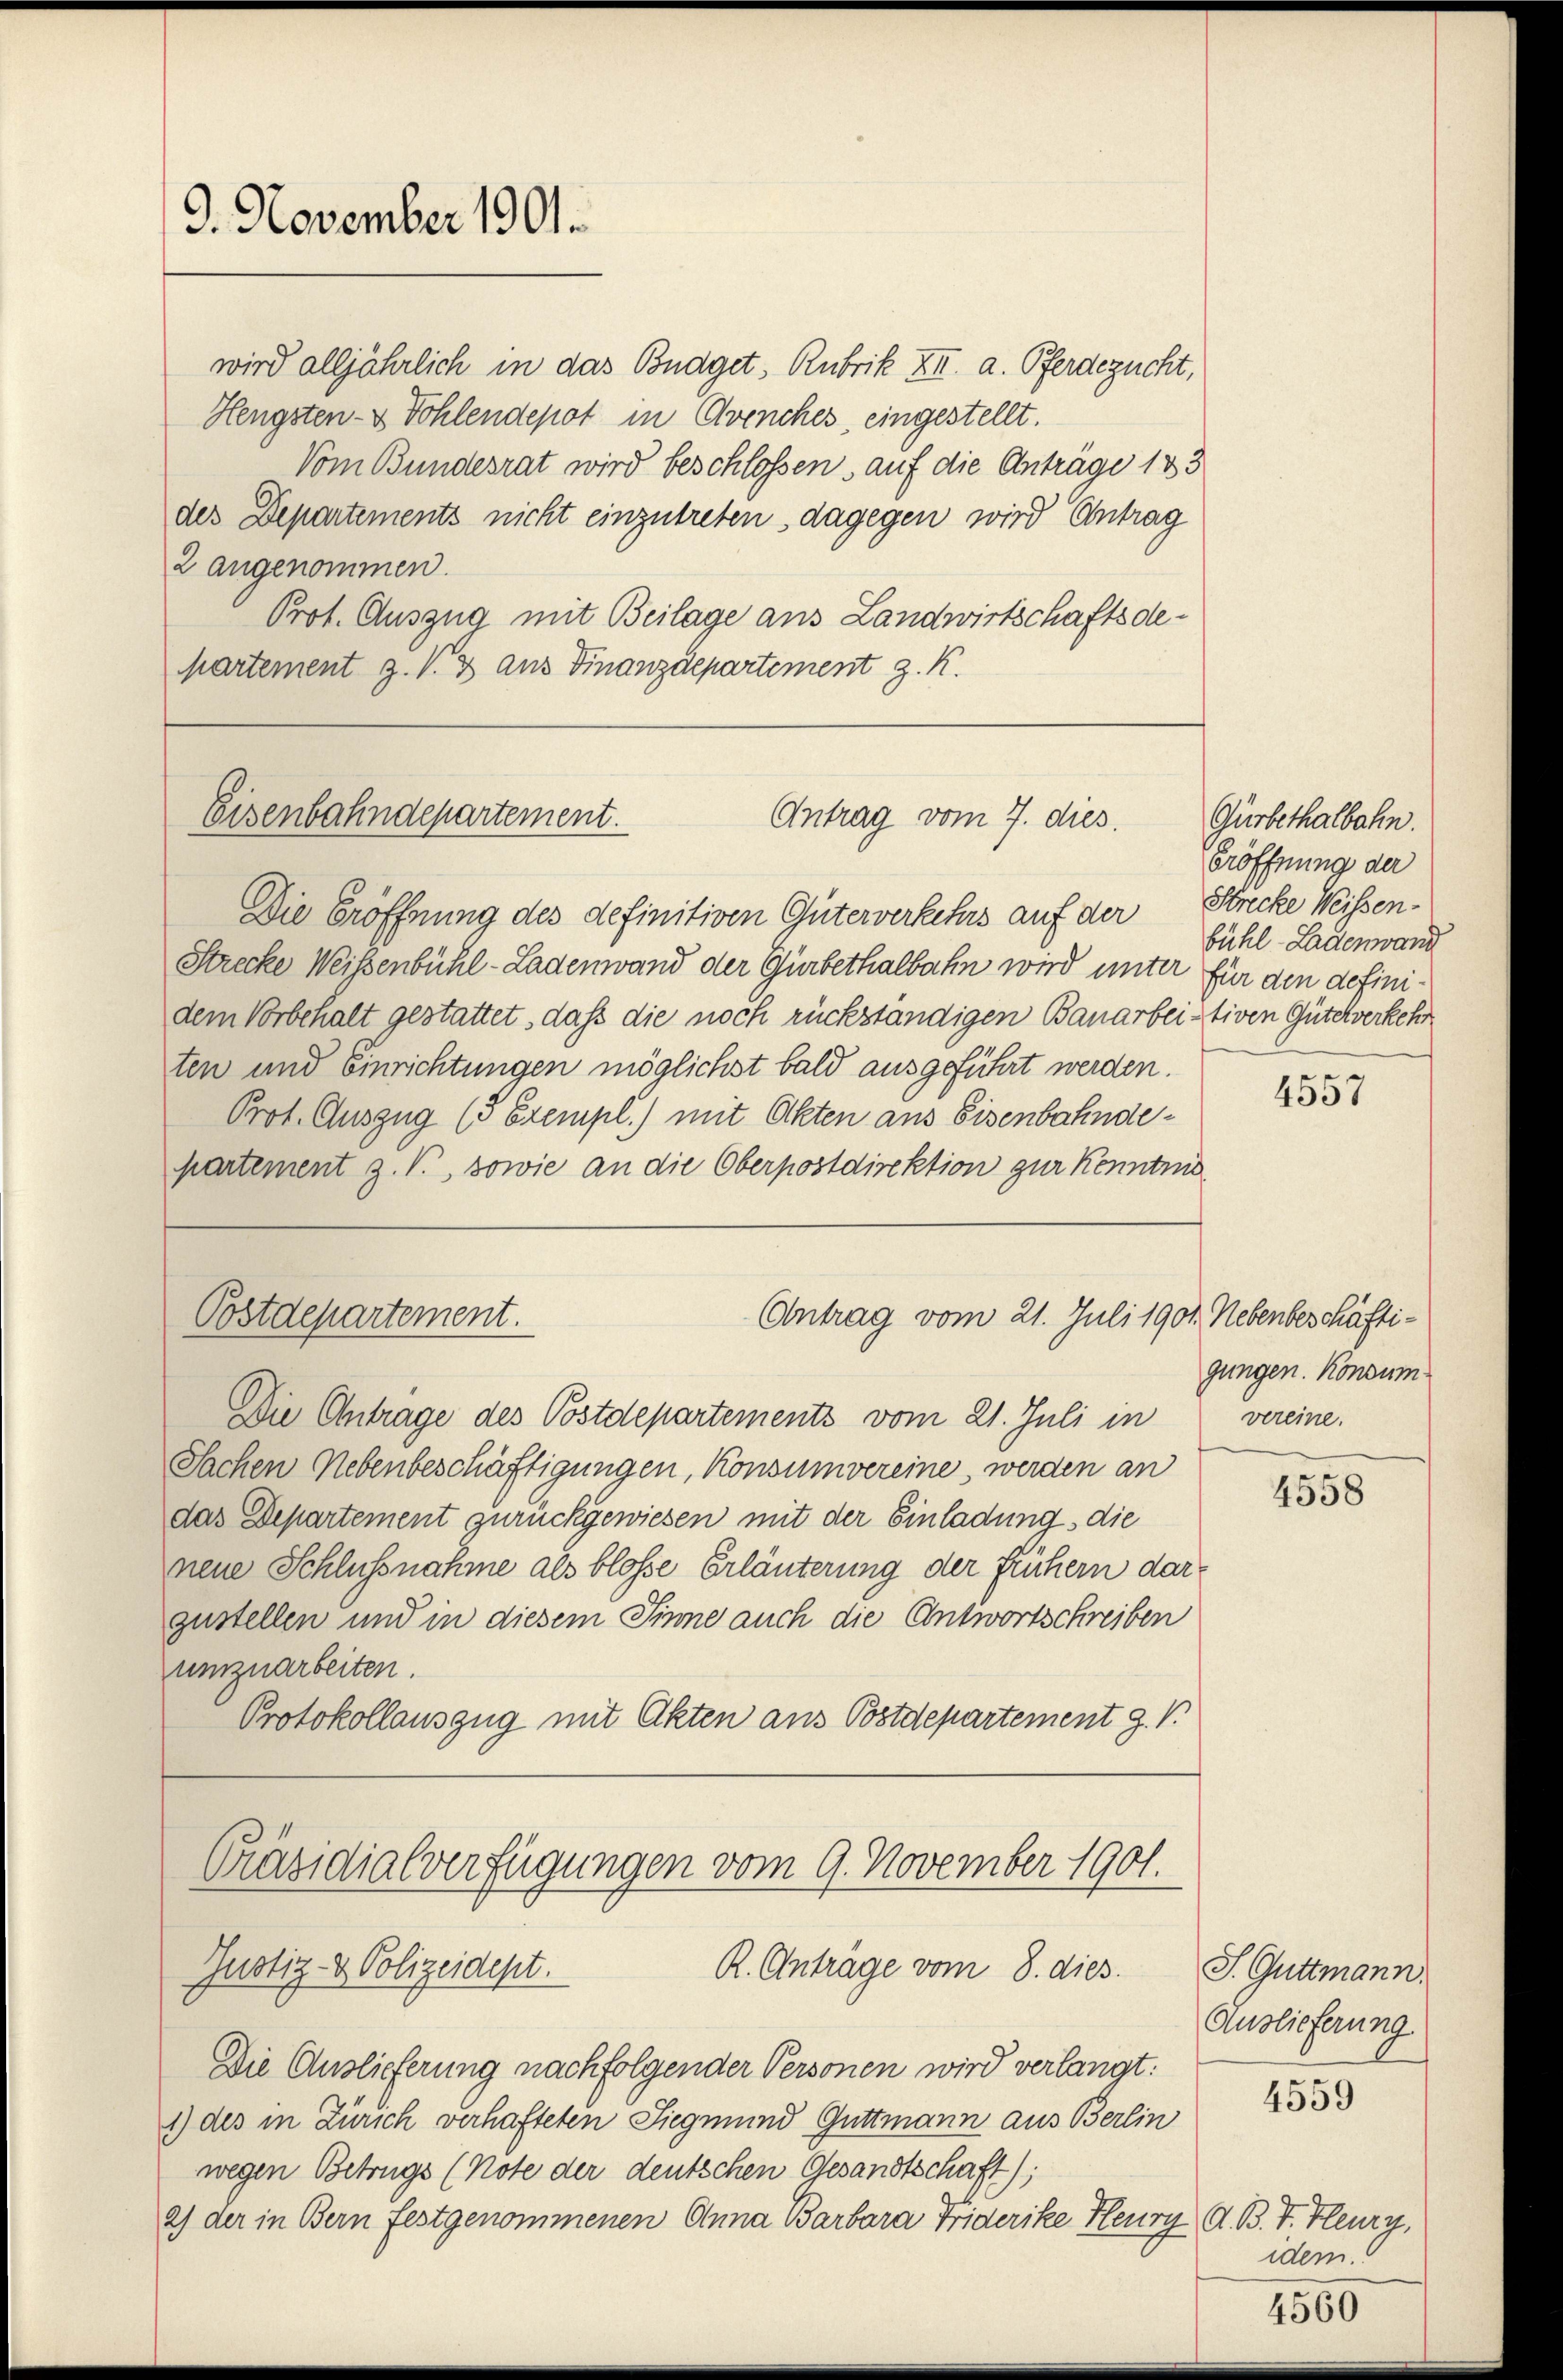
9. November 1901.

wird alljährlich in das Budget, Rubrik XII. a. Pferdezucht,
Hengsten- & Kohlendepot in Avenches, eingestellt.
Vom Bundesrat wird beschlossen, auf die Anträge 183
des Departements nicht einzutreten, dagegen wird Antrag
2 angenommen.
Prot. Auszug mit Beilage aus Landwirtschaftsdepartement z. V. 3 aus Finanzdepartement z. K.

Eisenbahndepartement.
Antrag vom 7. dies

Postdepartement.

Die Eröffnung des definitiven Güterverkehrs auf der Strecke Weissen¬
Strecke Weisenbühl-Ladenwand der Gürbethalbahn wird unter für den definidem Vorbehalt gestattet, daß die noch rückständigen Bauarbei-tiven Güterverkehr
ten und Einrichtungen möglichst bald ausgeführt werden.
Prot. Auszug (5 Exempl.) mit Akten aus Eisenbahndepartement z. V., sowie an die Oberpostdirektion zur Kenntnis

Die Antrage des Postdepartements vom 21. Juli in
Sachen Nebenbeschäftigungen, Konsumvereine, werden an
das Departement zurückgewiesen mit der Einladung, die
neue Schlußnahme als blosse Erläuterung der frühern darzustellen und in diesem Sinne auch die Antwortschreiben
umzuarbeiten.
Protokollauszug mit Akten aus Postdepartement J. V.

Präsidialverfügungen vom 9. November 1901.
R. Anträge vom 8. dies
Justiz- & Polizeidept.

Die Auslieferung nachfolgender Personen wird verlangt:
1) des in Zürich verhafteten Siegmund Guttmann aus Berlin
wegen Betrugs (Note der deutschen Gesandtschaft);
2) der in Bern festgenommenen Anna Barbara Friderike Heury d. B. T. Flury,

Antrag vom 21. Juli 1901. Nebenbeschäfti¬

Gürbethalbahn.
Eröffnung der
bühl-Ladenwand

4557

gungen. Konsum
vereine.

4558

J. Guttmann.
Auslieferung

4559

idem:

4560